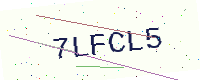
Text: 7LFCL5